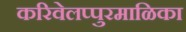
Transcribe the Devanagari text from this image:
करिवेलप्पुरमाळिका